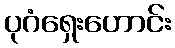
ပုဂံရှေးဟောင်း